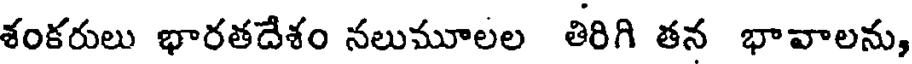
శంకరులు భారతదేశం నలుమూలల తిరిగి తన భావాలను,